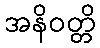
အနိဝတ္တိ